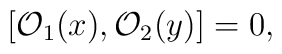
[\mathcal{O}_1({x}), \mathcal{O}_2({y})]=0,